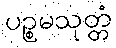
ပဉ္စမသုတ္တံ